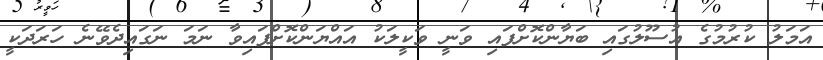
އަމަލު ކުރުމުގެ އުސޫލުގައި ބަޔާންކޮށްފައި ވަނީ ވަކީލަކު އައްޔަންކޮށްފައިވާ ނަމަ ނަގައިދެވޭނެ ހަރަދަކީ